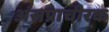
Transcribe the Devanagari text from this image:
अंसप्राचीरक